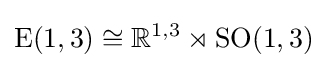
{\text{E}}(1,3)\cong \mathbb {R} ^{1,3}\rtimes {\text{SO}}(1,3)